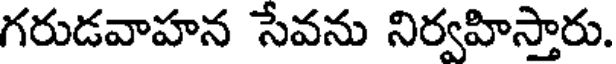
గరుడవాహన సేవను నిర్వహిస్తారు.